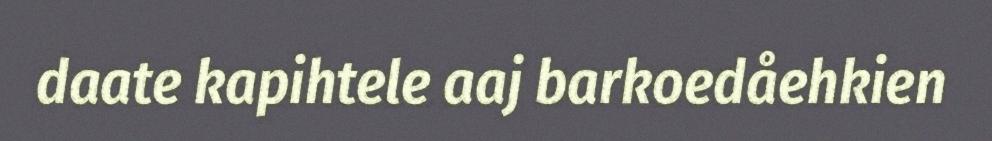
daate kapihtele aaj barkoedåehkien